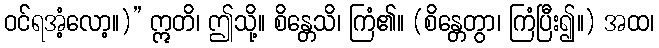
ဝင်ရအံ့လော့။)” ဣတိ၊ ဤသို့။ စိန္တေသိ၊ ကြံ၏။ (စိန္တေတွာ၊ ကြံပြီး၍။) အထ၊